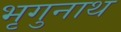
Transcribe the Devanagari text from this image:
भृगुनाथ